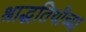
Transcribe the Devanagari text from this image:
श्राद्धतिथीच्या